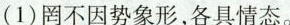
(1)罔不因势象形，各具情态。